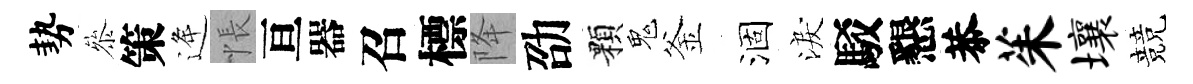
勢叅策逄悵亘器召標降劭顆鬼釜涸淚駁懇恭茱壤競